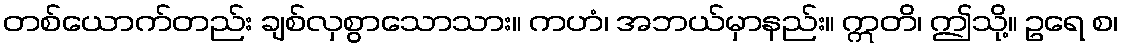
တစ်ယောက်တည်း ချစ်လှစွာသောသား။ ကဟံ၊ အဘယ်မှာနည်း။ ဣတိ၊ ဤသို့။ ဥရေ စ၊